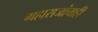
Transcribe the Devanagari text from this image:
महाराजांचाही